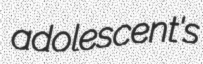
adolescent's